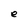
Character: e